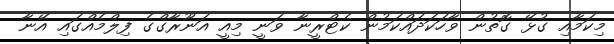
މިކަމާއި ގުޅޭ ގޮތުން ވާހަކަދައްކަމުން ކެޓްރީނާ ވަނީ މިއީ އަނޫރާގްގެ ފިލްމެއްގައި އޭނާ